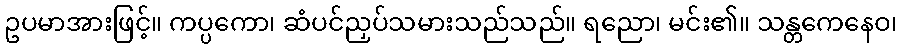
ဥပမာအားဖြင့်။ ကပ္ပကော၊ ဆံပင်ညှပ်သမားသည်သည်။ ရညော၊ မင်း၏။ သန္တကေနေဝ၊